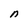
Character: n